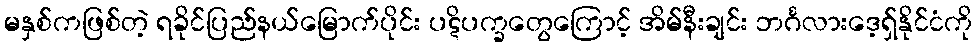
မနှစ်ကဖြစ်တဲ့ ရခိုင်ပြည်နယ်မြောက်ပိုင်း ပဋိပက္ခတွေကြောင့် အိမ်နီးချင်း ဘင်္ဂလားဒေ့ရ်ှနိုင်ငံကို